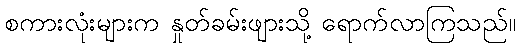
စကားလုံးများက နှုတ်ခမ်းဖျားသို့ ရောက်လာကြသည်။